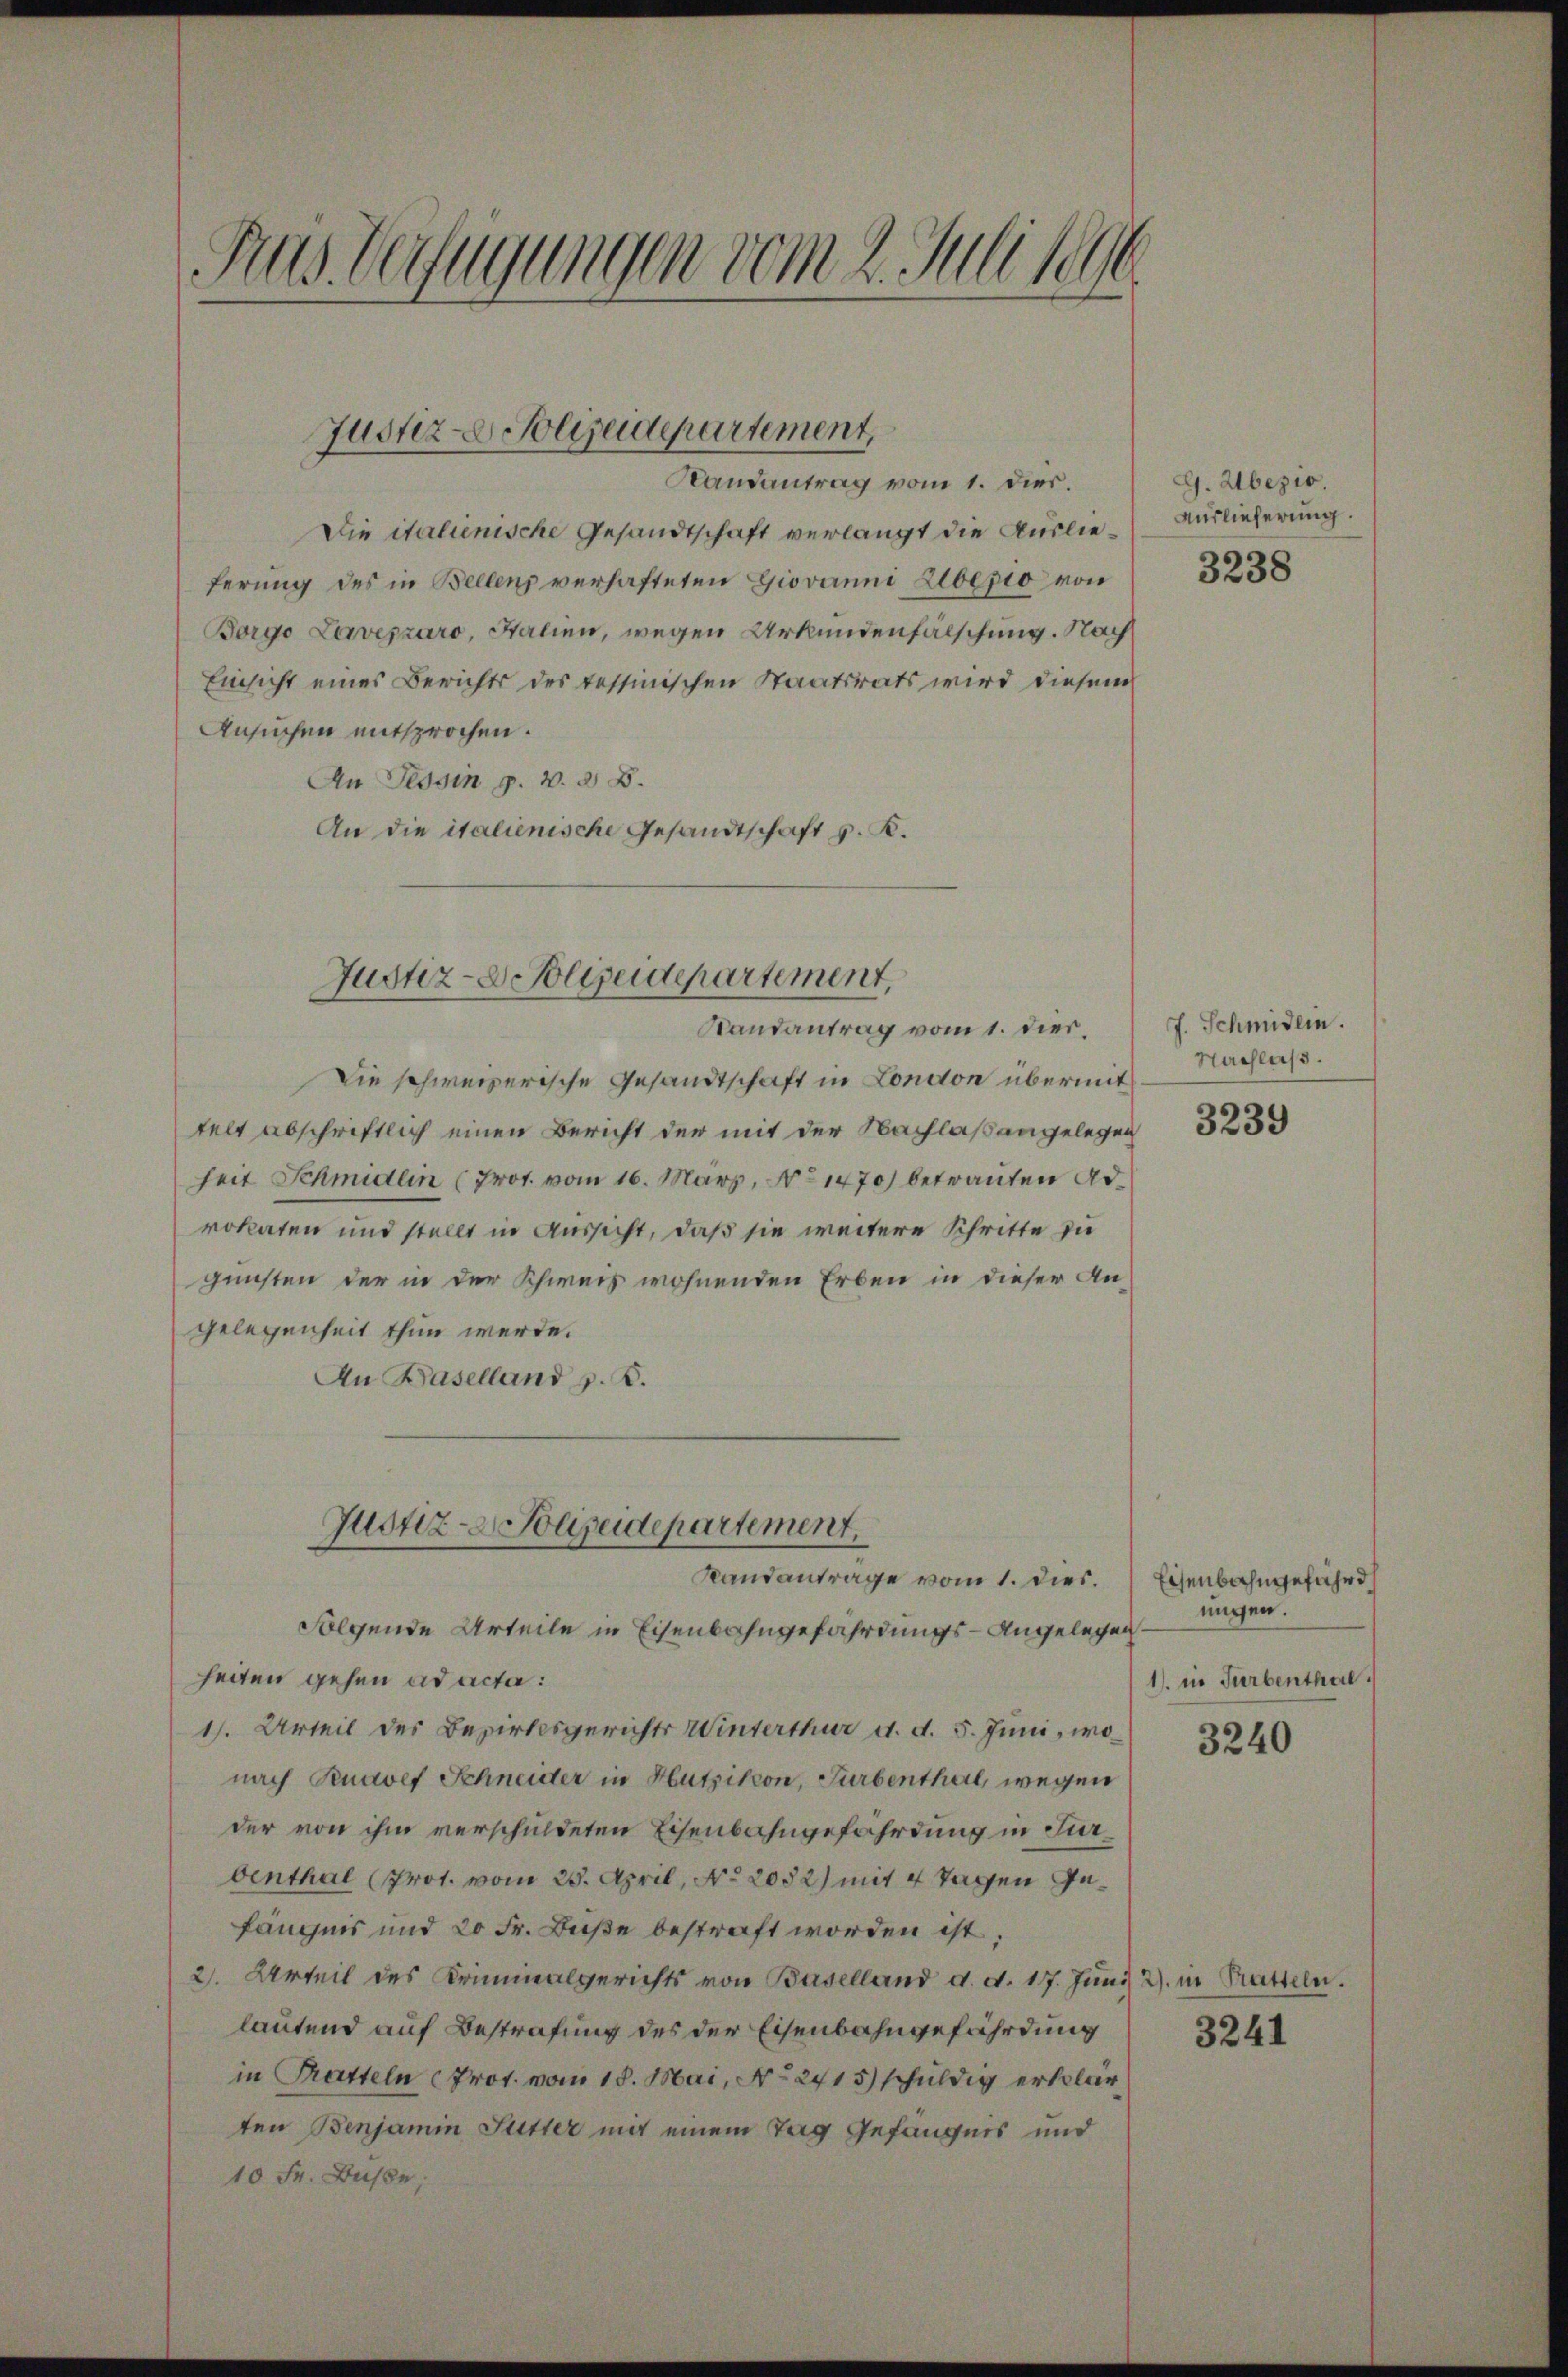
Rus Verfügungen vom 2. Juli 1896

Justiz- & Polizeidepartement,
Randantrag vom 1. Dies.

Die italienische Gesandtschaft verlangt die Auslieferung des in Bellens verhafteten Giovanni Zverio von
Borgo Lavizzaro, Halien, wegen Urkundenfälschung. Nach
Einsicht eines Berichts des Tessinischen Staatsrats wird diesem
Ansuchen entsprochen.
An Tessin p. v. d. 8.
An die italienische Gesandtschaft v. K.
Die schweizerische Gesandtschaft in London übermit
telt abschriftlich einen Bericht der mit der Nachlaßangelegen 323
heit Schmidlin (Prot. vom 16. März, No 1470) betrauten Adrokaten und stellt in Aussicht, daß sie weitere Schritte die
gunsten der in der Schweis wohnenden Erben in dieser An-
gelegenheit thun werde.
An Baselland z. B.
Justiz- & Polizeidepartement.
Randantrage vom 1. Dies.
Folgende Urteile in Eisenbahngefährdungs-Angelege
heiten gehen ad acta:
1). Urteil des Bezirksgerichts Winterthur d. d. 5. Juni, wonach Renovef Schneider in Hutzikon, Turbenthal, wegen
der von ihm verschuldeten Eisenbahngefährdung in Furbenthal (Prot. vom 25. April, No 2032) mit 4 Tagen Gefängnis und 20 Fr. Buße bestraft worden ist.
2. Urteil des Kriminalgerichts von Baselland d. d. 17. Juni
lautend auf Bestrafung des der Eisenbahngefährdung
in Tratteln (Prot. vom 18. Mai, No 2415) schuldig erklärten Benjamin Sutter mit einem Tag Gefängnis und
10 Fr. Büsse.

Justiz- & Polizeidepartement,
Randantrag vom 1. dies.

G. bezio.
Auslieferung.

3238

J. Schmidlin.
Nachlass.

Eisenbahngefährd
ungen.
f
1) in Turbenthal.

3240

2) in Tratteln.

3241